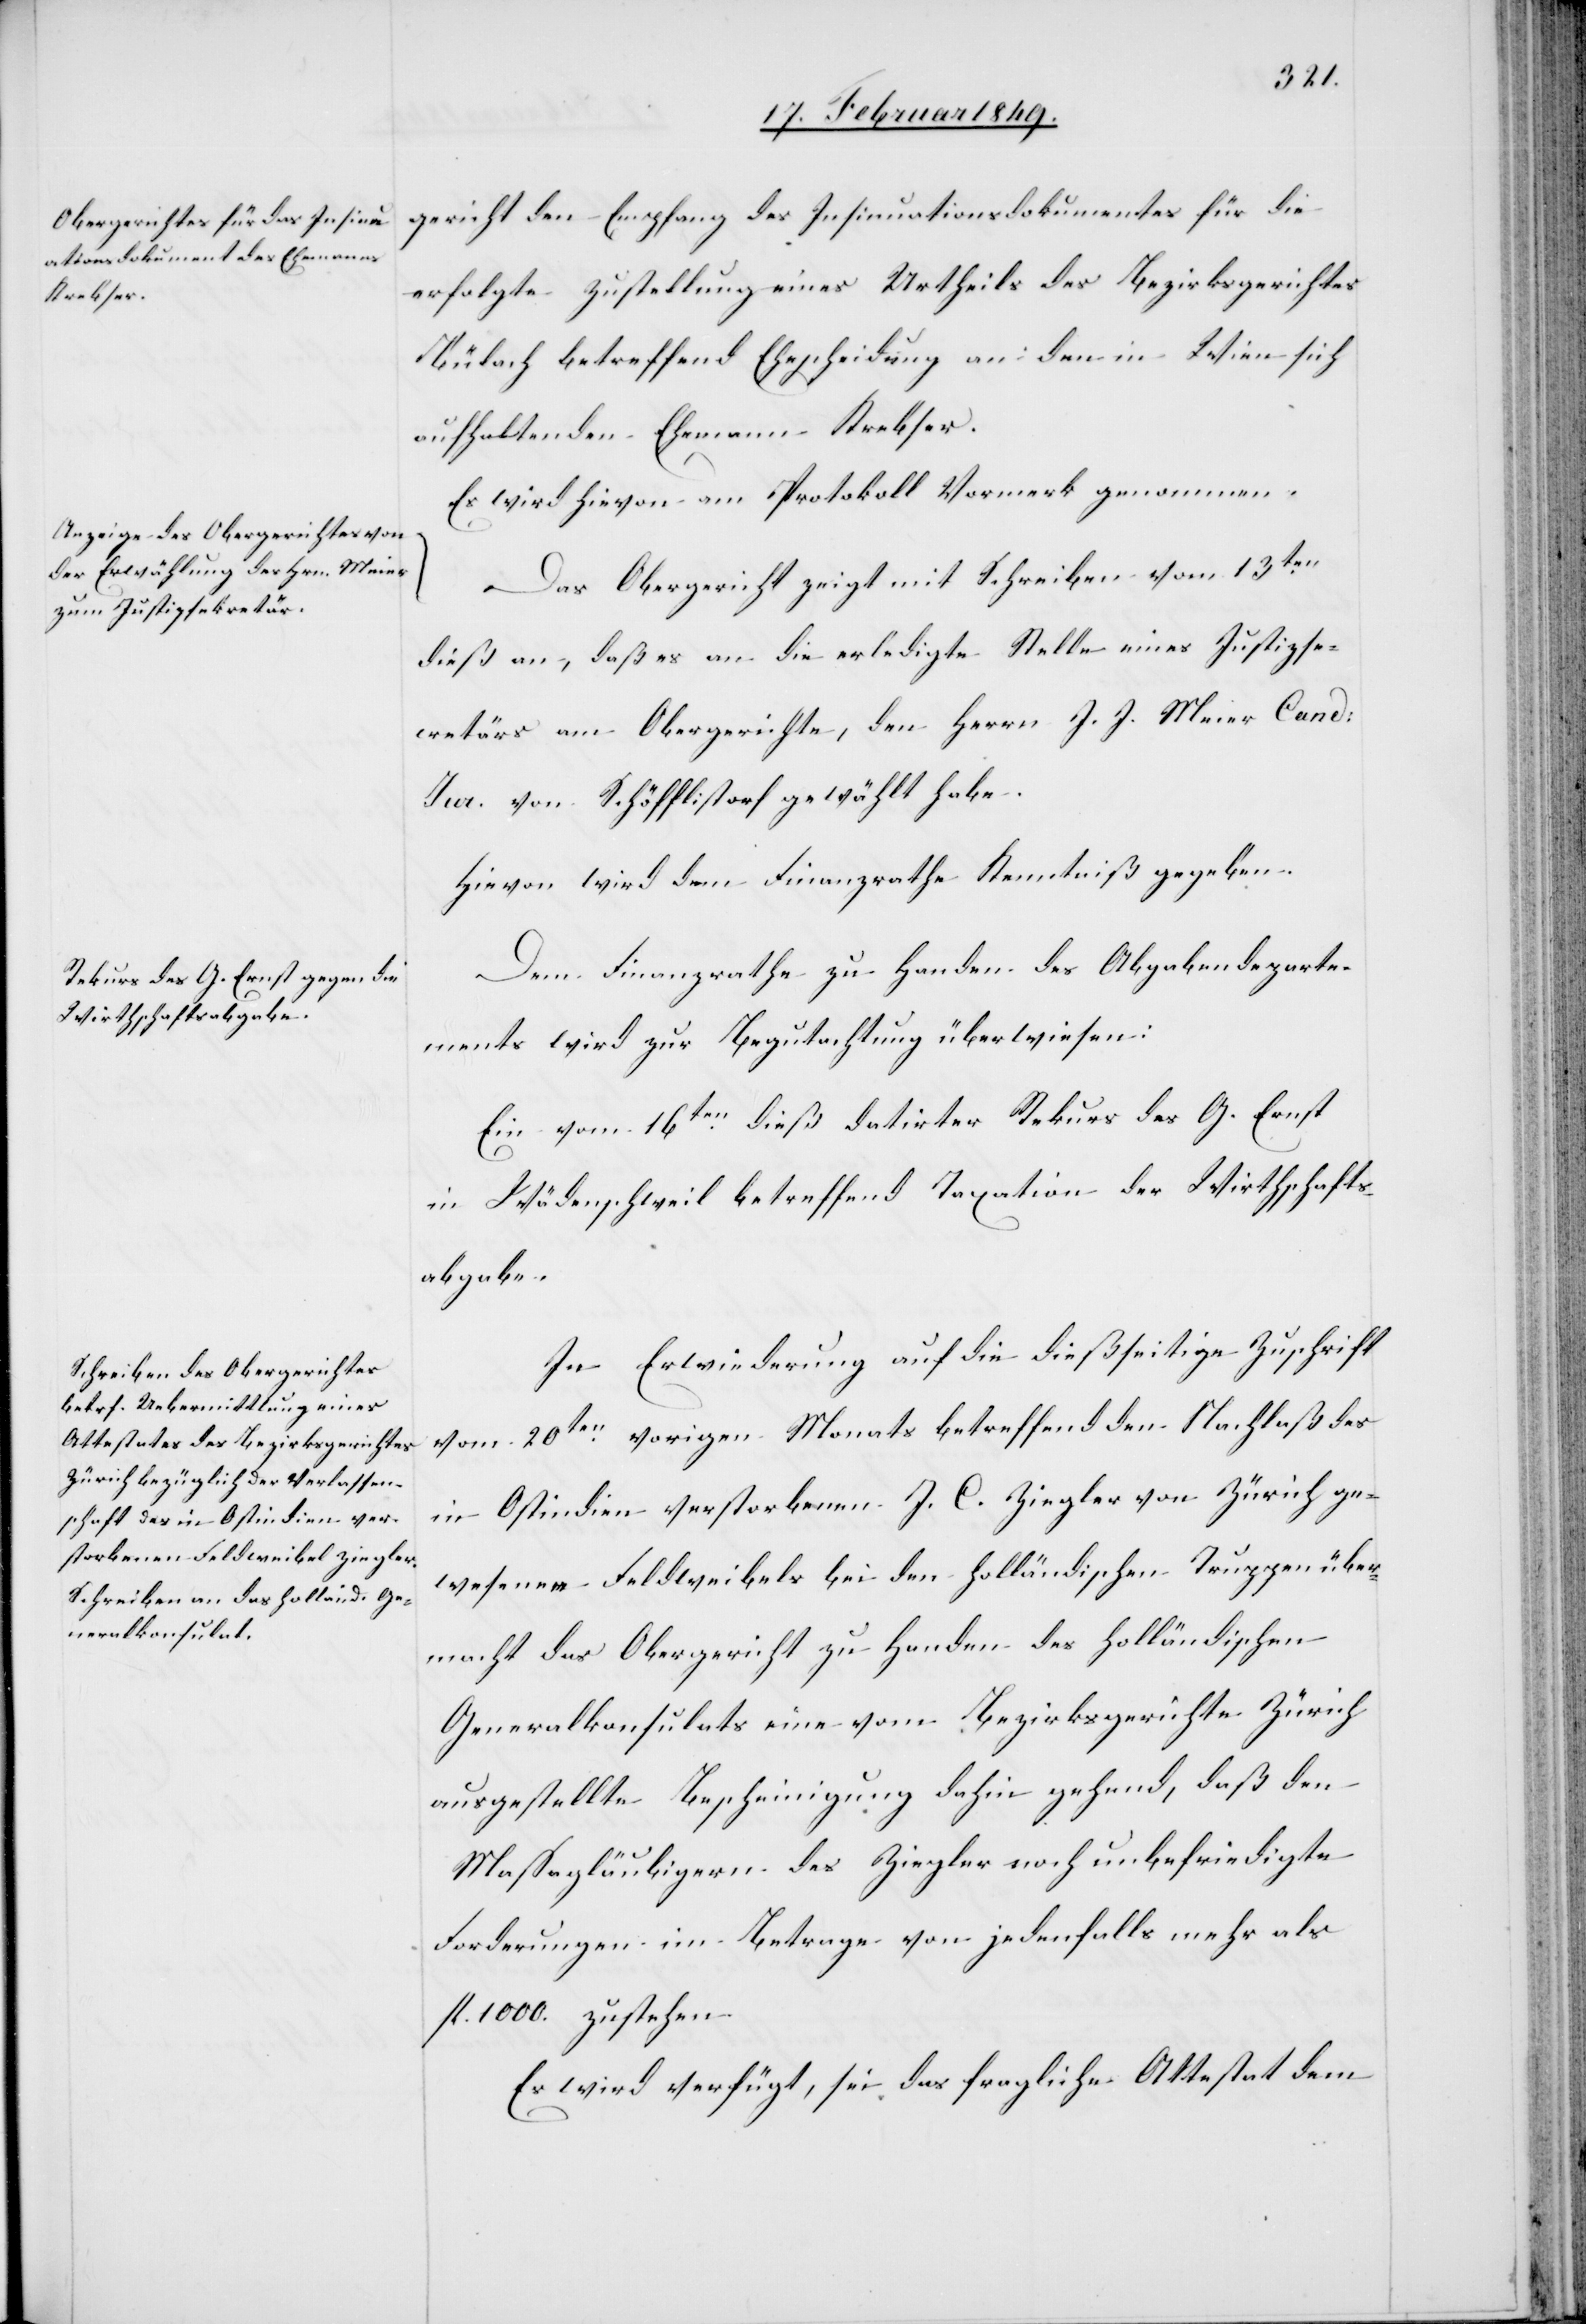
18. Februar 1849.]
erfolgte Zustellung eines Urtheils des Bezirksgerichtes
Bülach betreffend Ehescheidung an den in Wien sich
aufhaltenden Ehemann Krebser.
Es wird hievon am Protokoll Vormerk genommen.
Das Obergericht zeigt mit Schreiben vom 13ten.
dieß an, daß es an die erledigte Stelle eines Justizse¬
cretärs am Obergerichte, den Herrn J. J. Meier Cand:
Jur. von Schöfflistorf gewählt habe.
Hievon wird dem Finanzrathe Kenntniß gegeben.
Dem Finanzrathe zu Handen des Abgabendeparte¬
ments wird zur Begutachtung überwiesen:
Ein vom 16ten. dieß datirter Rekurs des G. Ernst
in Wädenschweil betreffend Taxation der Wirthschafts¬
abgabe.
In Erwiederung auf die dießseitige Zuschrift
20ten. vorigen Monats betreffend den Nachlaß des
vom
in Ostindien verstorbenen J. C. Ziegler von Zürich ge¬
wesenen Feldweibels bei den holländischen Truppen über¬
macht das Obergericht zu Handen des holländischen
Generalkonsulats eine vom Bezirksgerichte Zürich
ausgestellte Bescheinigung dahin gehend, daß den
Massagläubigern des Ziegler noch unbefriedigte
Forderungen im Betrage von jedenfalls mehr als
fl. 1000. zustehen.
Es wird verfügt, sei das fragliche Attestat dem